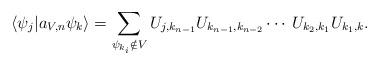
LaTeX: \begin{align*} \langle\psi_j|a_{V,n}\psi_k \rangle = \sum_{\psi_{k_i}\notin V} U_{j,k_{n-1}}U_{k_{n-1},k_{n-2}}\cdots\:U_{k_2,k_1}U_{k_1,k}.\end{align*}